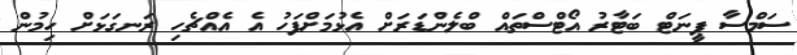
ސަމްސާ ޕީނަޓް ބަޓާރު އޯޓްސްތައް ބްލެންޑަރަށް އެޅުމަށްފަހު އެ އެއްޗެހި ރަނގަޅަށް ހިމުން